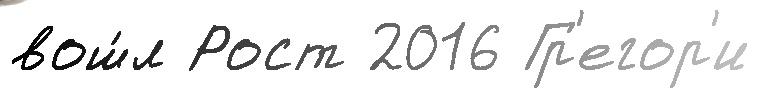
вош́л Рост 2016 Гр'егор'и